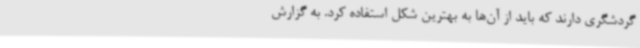
گردشگری دارند که باید از آن‌ها به بهترین شکل استفاده کرد. به گزارش